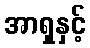
အာရှနှင့်